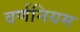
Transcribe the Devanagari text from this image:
वर्णनियम